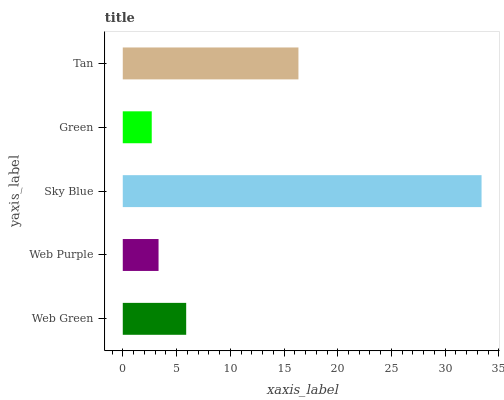
| yaxis_label | bars |
 | --- | --- |
 | Web Green | 5.9 |
 | Web Purple | 3.33 |
 | Sky Blue | 33.4 |
 | Green | 2.69 |
 | Tan | 16.3 |